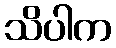
သိပါက